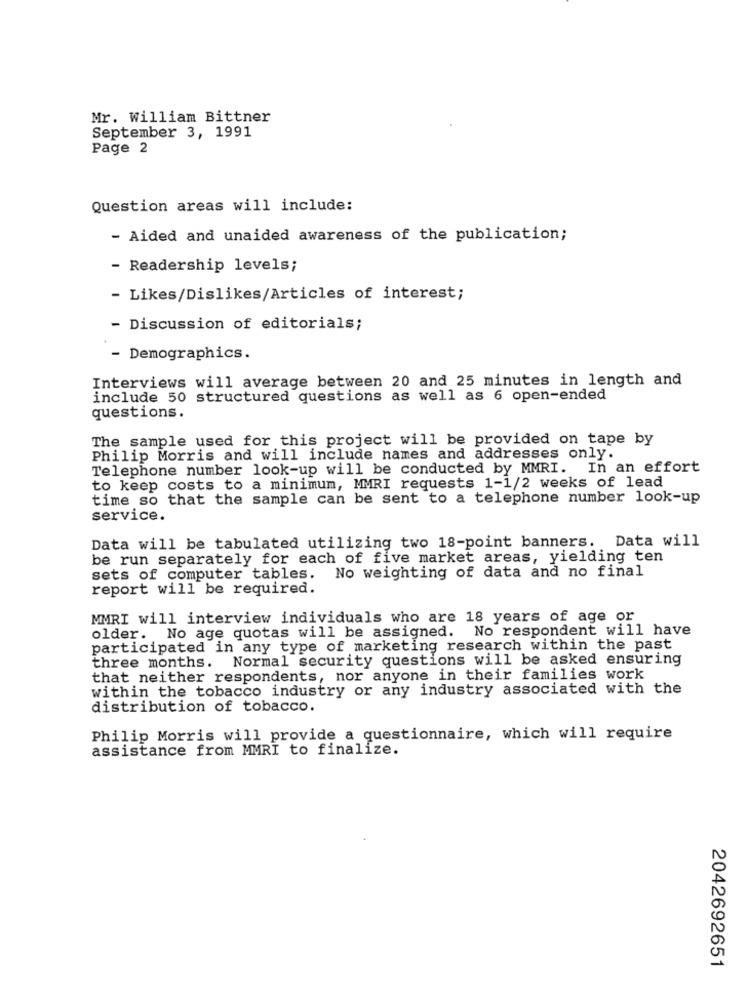
Mr. William Bittner
September 3, 1991
Page 2
Question areas will include:
- Aided and unaided awareness of the publication;
- Readership levels;
- Likes/Dislikes/Articles of interest;
Discussion of editorials;
- Demographics.
Interviews will average between 20 and 25 minutes in length and
include 50 structured questions as well as 6 open-ended
questions.
The sample used for this project will be provided on tape by
Philip Morris and will include names and addresses only.
Telephone number look-up will be conducted by MMRI. In an effort
to keep costs to a minimum, MMRI requests 1-1/2 weeks of lead
time so that the sample can be sent to a telephone number look-up
service.
Data will be tabulated utilizing two 18-point banners. Data will
be run separately for each of five market areas, yielding ten
sets of computer tables. No weighting of data and no final
report will be required.
MMRI will interview individuals who are 18 years of age or
older. No age quotas will be assigned. No respondent will have
participated in any type of marketing research within the past
three months. Normal security questions will be asked ensuring
that neither respondents, nor anyone in their families work
within the tobacco industry or any industry associated with the
distribution of tobacco.
Philip Morris will provide a questionnaire, which will require
assistance from MMRI to finalize.
2042692651